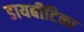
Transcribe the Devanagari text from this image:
डायबीटिका